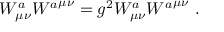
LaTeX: { { \cal W } _ { \mu \nu } ^ { a } } { { \cal W } ^ { a } } ^ { \mu \nu } = g ^ { 2 } W _ { \mu \nu } ^ { a } { { W ^ { a } } ^ { \mu \nu } } \, \, .